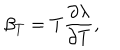
\beta _ { T } = T \frac { \partial \lambda } { \partial T } ,